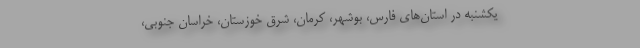
یکشنبه در استان‌های فارس، بوشهر، کرمان، شرق خوزستان، خراسان جنوبی،